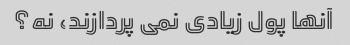
آنها پول زیادی نمی پردازند، نه؟